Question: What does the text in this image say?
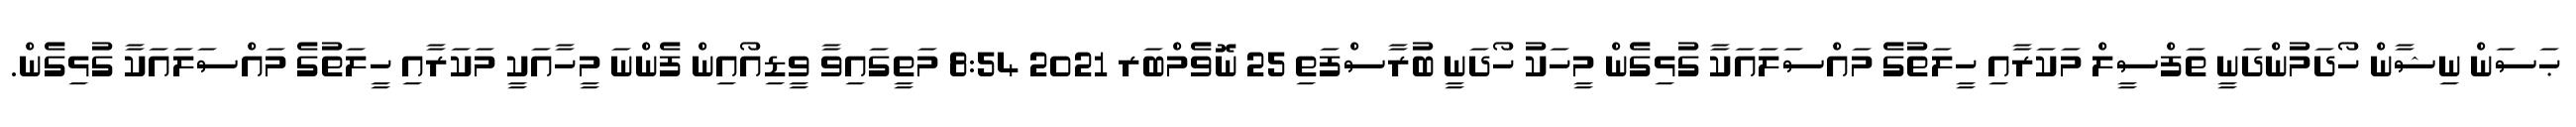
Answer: ޙަސަން ނިޝާން ހޯދަމުންދަނީ ތަފްސީލް މަކަރާއި ހީލަތުގެ މައްސަލައަކާ ގުޅިގެން މީހަކު ހޯދަނީ ބުރާސްފަތި 25 ނޮވެމްބަރ 2021 8:54 މަތީގައިވާ ވީޑިއޯއިން ފެންނަ މީހާއަކީ މަކަރާއި ހީލަތުގެ މައްސަލައަކާ ގުޅިގެން.